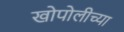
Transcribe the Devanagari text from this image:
खोपोलीच्या